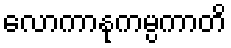
လောကာနုကမ္ပကာတိ